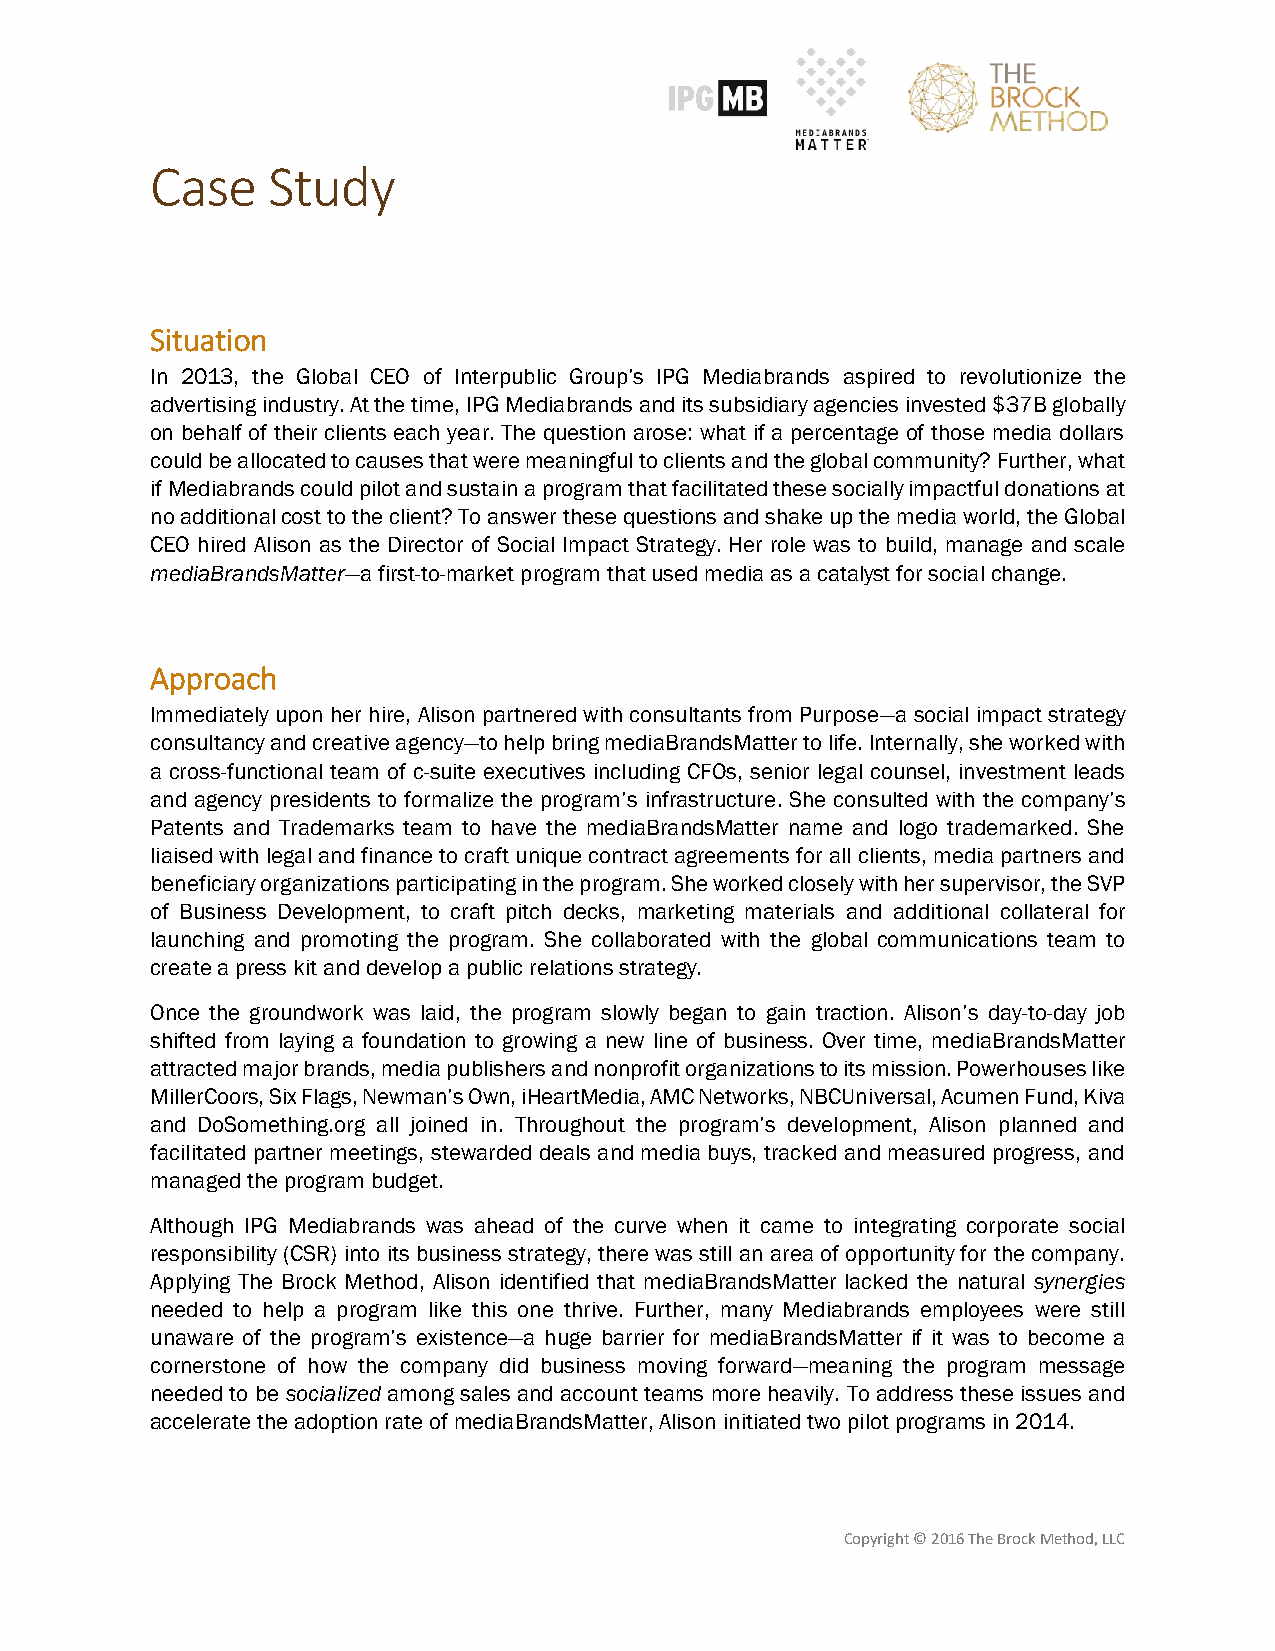
Case    Study
 Situation
 In 2013, the Global CEO of Interpublic Group’s IPG Mediabrands aspired to revolutionize the
 advertising industry. At the time, IPG Mediabrands and its subsidiary agencies invested $37B globally
 on behalf of their clients each year. The question arose: what if a percentage of those media dollars
 could be allocated to causes that were meaningful to clients and the global community? Further, what
 if Mediabrands could pilot and sustain a program that facilitated these socially impactful donations at
 no additional cost to the client? To answer these questions and shake up the media world, the Global
 CEO hired Alison as the Director of Social Impact Strategy. Her role was to build, manage and scale
 mediaBrandsMatter—a first-to-market program that used media as a catalyst for social change.
 Approach
 Immediately upon her hire, Alison partnered with consultants from Purpose—a social impact strategy
 consultancy and creative agency—to help bring mediaBrandsMatter to life. Internally, she worked with
 a cross-functional team of c-suite executives including CFOs, senior legal counsel, investment leads
 and agency presidents to formalize the program’s infrastructure. She consulted with the company’s
 Patents and Trademarks team to have the mediaBrandsMatter name and logo trademarked. She
 liaised with legal and finance to craft unique contract agreements for all clients, media partners and
 beneficiary organizations participating in the program. She worked closely with her supervisor, the SVP
 of Business Development, to craft pitch decks, marketing materials and additional collateral for
 launching and promoting the program. She collaborated with the global communications team to
 create a press kit and develop a public relations strategy.
 Once the groundwork was laid, the program slowly began to gain traction. Alison’s day-to-day job
 shifted from laying a foundation to growing a new line of business. Over time, mediaBrandsMatter
 attracted major brands, media publishers and nonprofit organizations to its mission. Powerhouses like
 MillerCoors, Six Flags, Newman’s Own, iHeartMedia, AMC Networks, NBCUniversal, Acumen Fund, Kiva
 and DoSomething.org all joined in. Throughout the program’s development, Alison planned and
 facilitated partner meetings, stewarded deals and media buys, tracked and measured progress, and
 managed the program budget.
 Although IPG Mediabrands was ahead of the curve when it came to integrating corporate social
 responsibility (CSR) into its business strategy, there was still an area of opportunity for the company.
 Applying The Brock Method, Alison identified that mediaBrandsMatter lacked the natural synergies
 needed to help a program like this one thrive. Further, many Mediabrands employees were still
 unaware of the program’s existence—a huge barrier for mediaBrandsMatter if it was to become a
 cornerstone of how the company did business moving forward—meaning the program message
 needed to be socialized among sales and account teams more heavily. To address these issues and
 accelerate the adoption rate of mediaBrandsMatter, Alison initiated two pilot programs in 2014.
 Copyright © 2016 The Brock Method, LLC